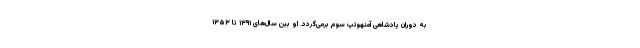
به دوران پادشاهی آمنهوتپ سوم برمی‌گردد. او بین سال‌های ۱۳۹۱ تا ۱۳۵۳